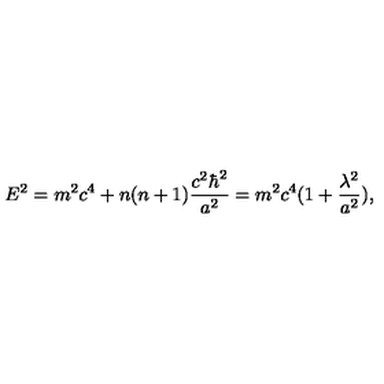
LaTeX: E ^ { 2 } = m ^ { 2 } c ^ { 4 } + n ( n + 1 ) \frac { c ^ { 2 } \hbar ^ { 2 } } { a ^ { 2 } } = m ^ { 2 } c ^ { 4 } ( 1 + \frac { \lambda ^ { 2 } } { a ^ { 2 } } ) ,